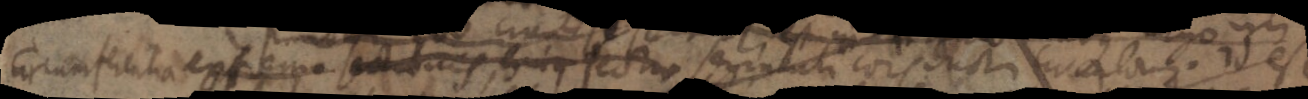
circumferentia extrema sestr ercitati cors dotu crala id est